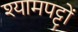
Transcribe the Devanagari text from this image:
श्यामपट्टों